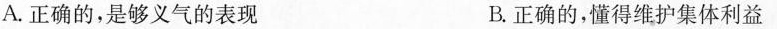
A.正确的，是够义气的表现 B.正确的，懂得维护集体利益